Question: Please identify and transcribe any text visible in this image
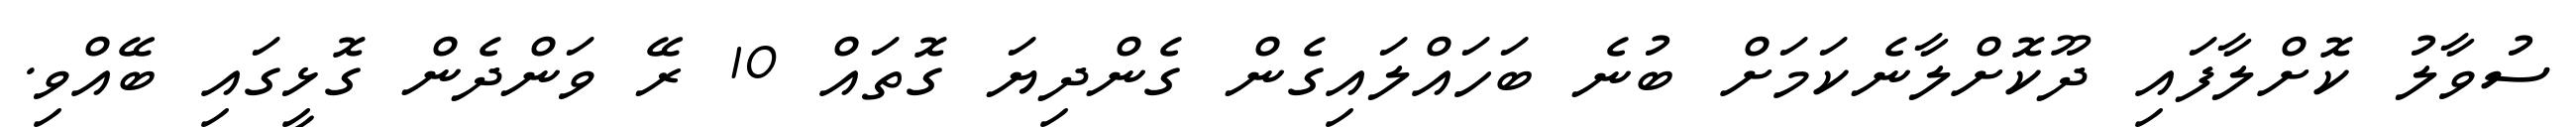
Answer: ސުވާލު ކޮށްލާފައި ދޫކޮށްލާނެކަމަށް ބުނެ ބަހައްލައިގެން ގެންދިޔަ ގޮތައް 10 ރޭ ވަންދެން ގޮޅީގައި ބޭއްވި.